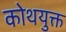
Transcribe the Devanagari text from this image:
कोथयुक्त